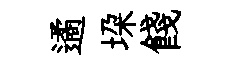
遹垜餞